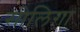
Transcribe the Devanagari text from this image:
सोलिगा